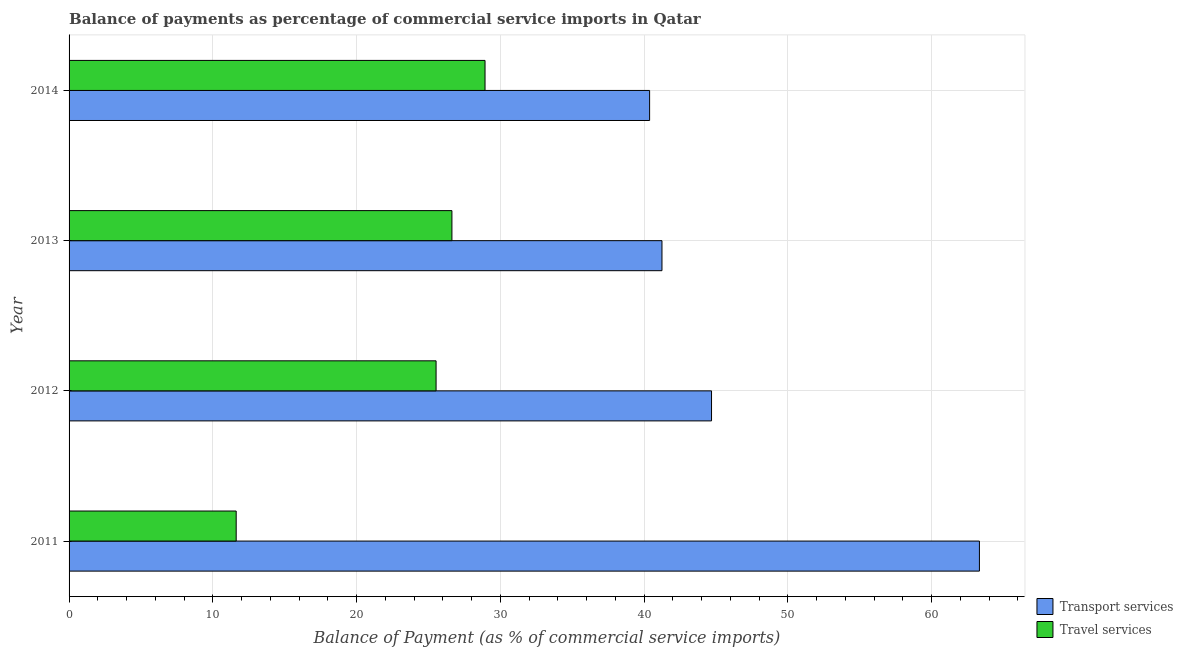
| Year | Transport services | Travel services |
 | --- | --- | --- |
 | 2011 | 63.3 | 11.6 |
 | 2012 | 44.7 | 25.5 |
 | 2013 | 41.2 | 26.6 |
 | 2014 | 40.4 | 28.9 |